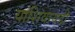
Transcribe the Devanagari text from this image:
यांशिवायही